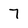
Character: 7